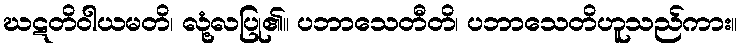
ဃဋတိဝါယမတိ၊ လုံ့လပြု၏။ ပဘာသေတီတိ၊ ပဘာသေတိဟူသည်ကား။